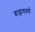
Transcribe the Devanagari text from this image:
ब्राह्मणवर्ण